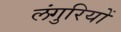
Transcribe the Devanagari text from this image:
लंगुरियों